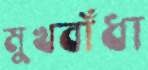
মুখবাঁধা